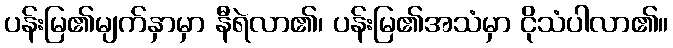
ပန်းမြ၏မျက်နှာမှာ နီရဲလာ၏၊ ပန်းမြ၏အသံမှာ ငိုသံပါလာ၏။